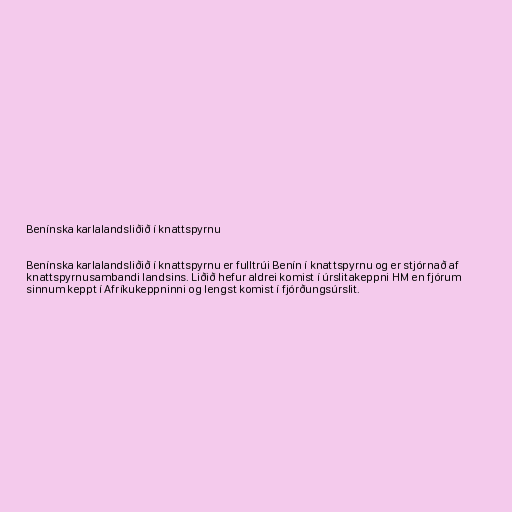
Benínska karlalandsliðið í knattspyrnu

Benínska karlalandsliðið í knattspyrnu er fulltrúi Benín í knattspyrnu og er stjórnað af
knattspyrnusambandi landsins. Liðið hefur aldrei komist í úrslitakeppni HM en fjórum
sinnum keppt í Afríkukeppninni og lengst komist í fjórðungsúrslit.